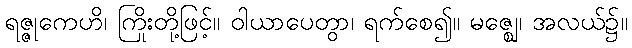
ရဇ္ဇုကေဟိ၊ ကြိုးတို့ဖြင့်။ ဝါယာပေတွာ၊ ရက်စေ၍။ မဇ္ဈေ၊ အလယ်၌။